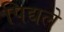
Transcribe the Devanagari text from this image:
पिद्यले